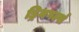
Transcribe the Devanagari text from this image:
ड्रिमगर्ल्स